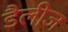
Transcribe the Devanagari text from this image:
डैलीज